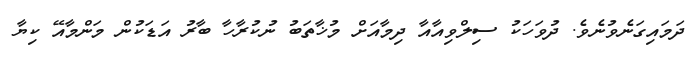
ދަމައިގަނެވުނެވެ. ދުވަހަކު ސިލްވިއާއާ ދިމާއަށް މުޚާތަބު ނުކުރާހާ ބާރު އަޑަކުން މަންމާއޭ ކިޔާ